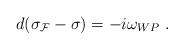
LaTeX: \begin{align*}d(\sigma_{\cal F} - \sigma) = -i\omega_{WP}~.\end{align*}